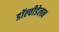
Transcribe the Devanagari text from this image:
डॉल्वीडेलन